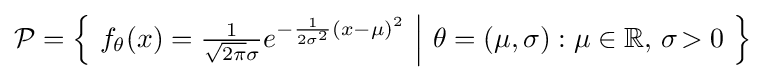
{\mathcal {P}}={\Big \{}\ f_{\theta }(x)={\tfrac {1}{{\sqrt {2\pi }}\sigma }}e^{-{\frac {1}{2\sigma ^{2}}}(x-\mu )^{2}}\ {\Big |}\ \theta =(\mu ,\sigma ):\mu \in \mathbb {R} ,\,\sigma \!>0\ {\Big \}}